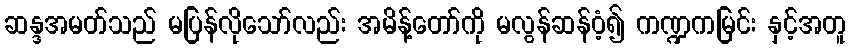
ဆန္ဒအမတ်သည် မပြန်လိုသော်လည်း အမိန့်တော်ကို မလွန်ဆန်ဝံ့၍ ကဏ္ဍကမြင်း နှင့်အတူ